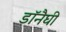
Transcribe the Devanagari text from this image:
डॉनैघी